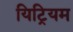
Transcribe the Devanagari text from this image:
यिट्रियम